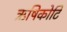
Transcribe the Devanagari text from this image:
ऋषिकोटि